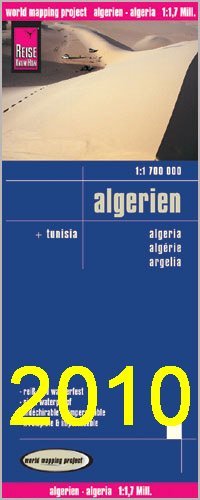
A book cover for Algeria (Handy Map); Reise Knowhow; Travel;